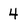
Character: 4